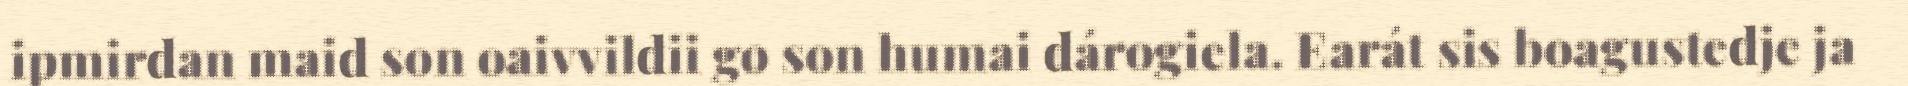
ipmirdan maid son oaivvildii go son humai dárogiela. Earát sis boagustedje ja